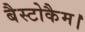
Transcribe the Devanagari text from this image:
बैस्टोकैम।